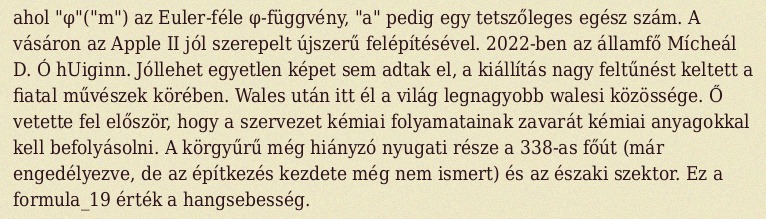
ahol "φ"("m") az Euler-féle φ-függvény, "a" pedig egy tetszőleges egész szám. A vásáron az Apple II jól szerepelt újszerű felépítésével. 2022-ben az államfő Mícheál D. Ó hUiginn. Jóllehet egyetlen képet sem adtak el, a kiállítás nagy feltűnést keltett a fiatal művészek körében. Wales után itt él a világ legnagyobb walesi közössége. Ő vetette fel először, hogy a szervezet kémiai folyamatainak zavarát kémiai anyagokkal kell befolyásolni. A körgyűrű még hiányzó nyugati része a 338-as főút (már engedélyezve, de az építkezés kezdete még nem ismert) és az északi szektor. Ez a formula_19 érték a hangsebesség.